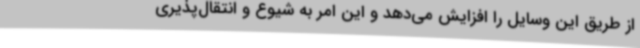
از طریق این وسایل را افزایش می‌دهد و این امر به شیوع و انتقال‌پذیری